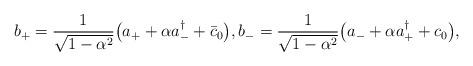
LaTeX: \begin{align*}b_+ = \frac{1}{\sqrt{1 - \alpha^2}} \big( a_+ + \alpha a_-^\dagger + \bar c_0 \big), b_- = \frac{1}{\sqrt{1 - \alpha^2}} \big( a_- + \alpha a_+^\dagger + c_0 \big),\end{align*}